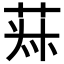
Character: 𦯂